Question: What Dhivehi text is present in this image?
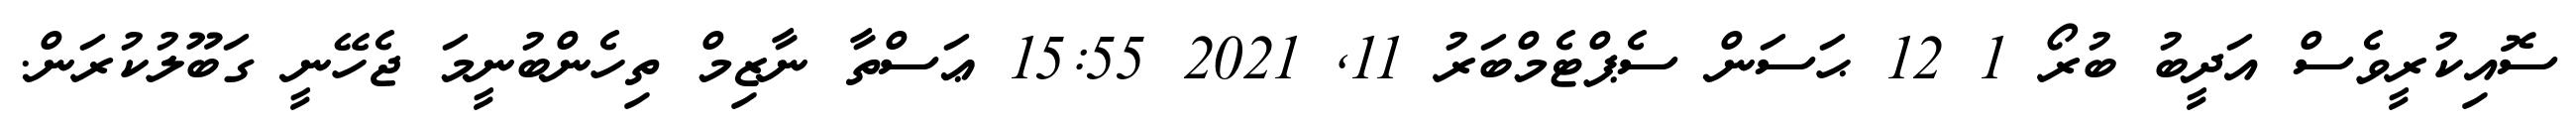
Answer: ސޮއިކުރީވެސް އަދީބު ބުރޯ 1 12 ޙަސަން ސެޕްޓެމްބަރު 11, 2021 15:55 ޢަސްތާ ނާޒިމް ތިހެންބުނީމަ ޖެހޭނީ ގަބޫލުކުރަން.